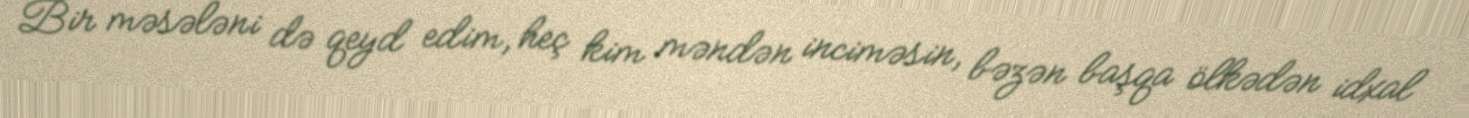
Bir məsələni də qeyd edim, heç kim məndən inciməsin, bəzən başqa ölkədən idxal